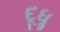
દૂધૢ